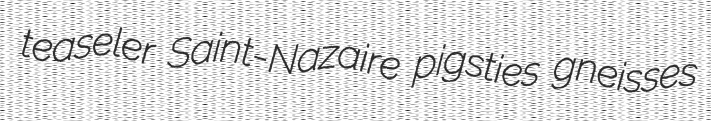
teaseler Saint-Nazaire pigsties gneisses